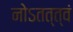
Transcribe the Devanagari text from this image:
नोऽतत्त्वं